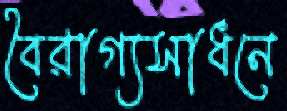
বৈরাগ্যসাধনে